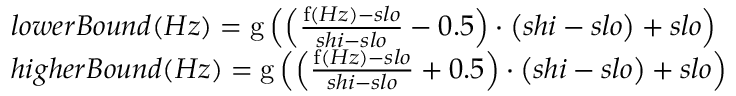
\begin{array} { l c l } { l o w e r B o u n d ( H z ) = \operatorname { g } \left( \left( { \frac { \operatorname { f } ( H z ) - s l o } { s h i - s l o } } - 0 . 5 \right) \cdot \left( s h i - s l o \right) + s l o \right) } \\ { h i g h e r B o u n d ( H z ) = \operatorname { g } \left( \left( { \frac { \operatorname { f } ( H z ) - s l o } { s h i - s l o } } + 0 . 5 \right) \cdot \left( s h i - s l o \right) + s l o \right) } \end{array}